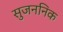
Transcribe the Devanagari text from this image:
सुजननिक